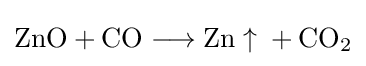
{\mathrm {ZnO} {}+{}\mathrm {CO} {}\mathrel {\longrightarrow } {}\mathrm {Zn} \uparrow {}{}+{}\mathrm {CO} {\vphantom {A}}_{\smash[{t}]{2}}}